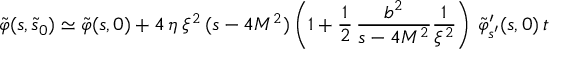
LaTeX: \tilde { \varphi } ( s , \tilde { s } _ { 0 } ) \simeq \tilde { \varphi } ( s , 0 ) + 4 \, \eta \, \xi ^ { 2 } \, ( s - 4 M ^ { 2 } ) \left( 1 + \frac { 1 } { 2 } \, \frac { b ^ { 2 } } { s - 4 M ^ { 2 } } \frac { 1 } { \xi ^ { 2 } } \right) \, \tilde { \varphi } _ { s ^ { \prime } } ^ { \prime } ( s , 0 ) \, t